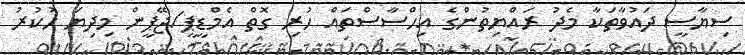
ސިޔާސީ ދައުވާތަކާ މެދު ރައްޔިތުންގެ އިހްސާސްތައް ހުރި ގޮތް އެމްޑީޕީ/ޖޭޕީން މިދިޔަ ހުކުރު